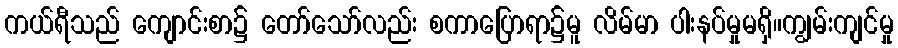
ကယ်ရီသည် ကျောင်းစာ၌ တော်သော်လည်း စကာပြောရာ၌မူ လိမ်မာ ပါးနပ်မှုမရှိ။ကျွမ်းကျင်မှု